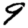
Digit: 9